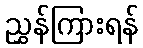
ညွှန်ကြားရန်